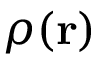
\rho ( { \mathbf { r } } )